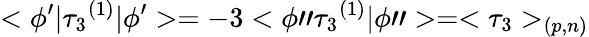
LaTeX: <\phi^{\prime}|{\tau_{3}}^{(1)}|\phi^{\prime}>=-3<\phi"{\tau_{3}}^{(1)}|\phi">=<\tau_{3}>_{(p,n)}